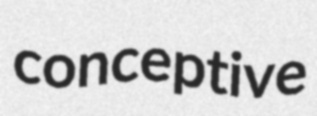
conceptive